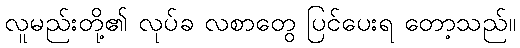
လူမည်းတို့၏ လုပ်ခ လစာတွေ ပြင်ပေးရ တော့သည်။